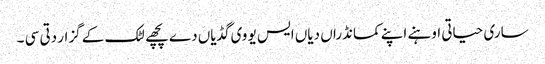
ساری حیاتی اوہنے اپنے کمانڈراں دیاں ایس یو وی گڈیاں دے پچھے لٹک کے گزار دتی سی ۔